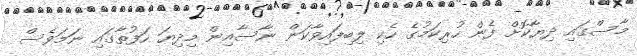
މާސްގައި ދިޔާކޮށް ފެން ހުރިކަމުގެ ހެކި ލިބިފައިވާކަން ނާސާއިން މިދިޔަ ހަފުތާގައި ނަމަވެސް